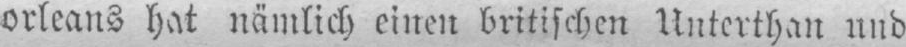
orleans hat nämlich einen britischen Unterthan und